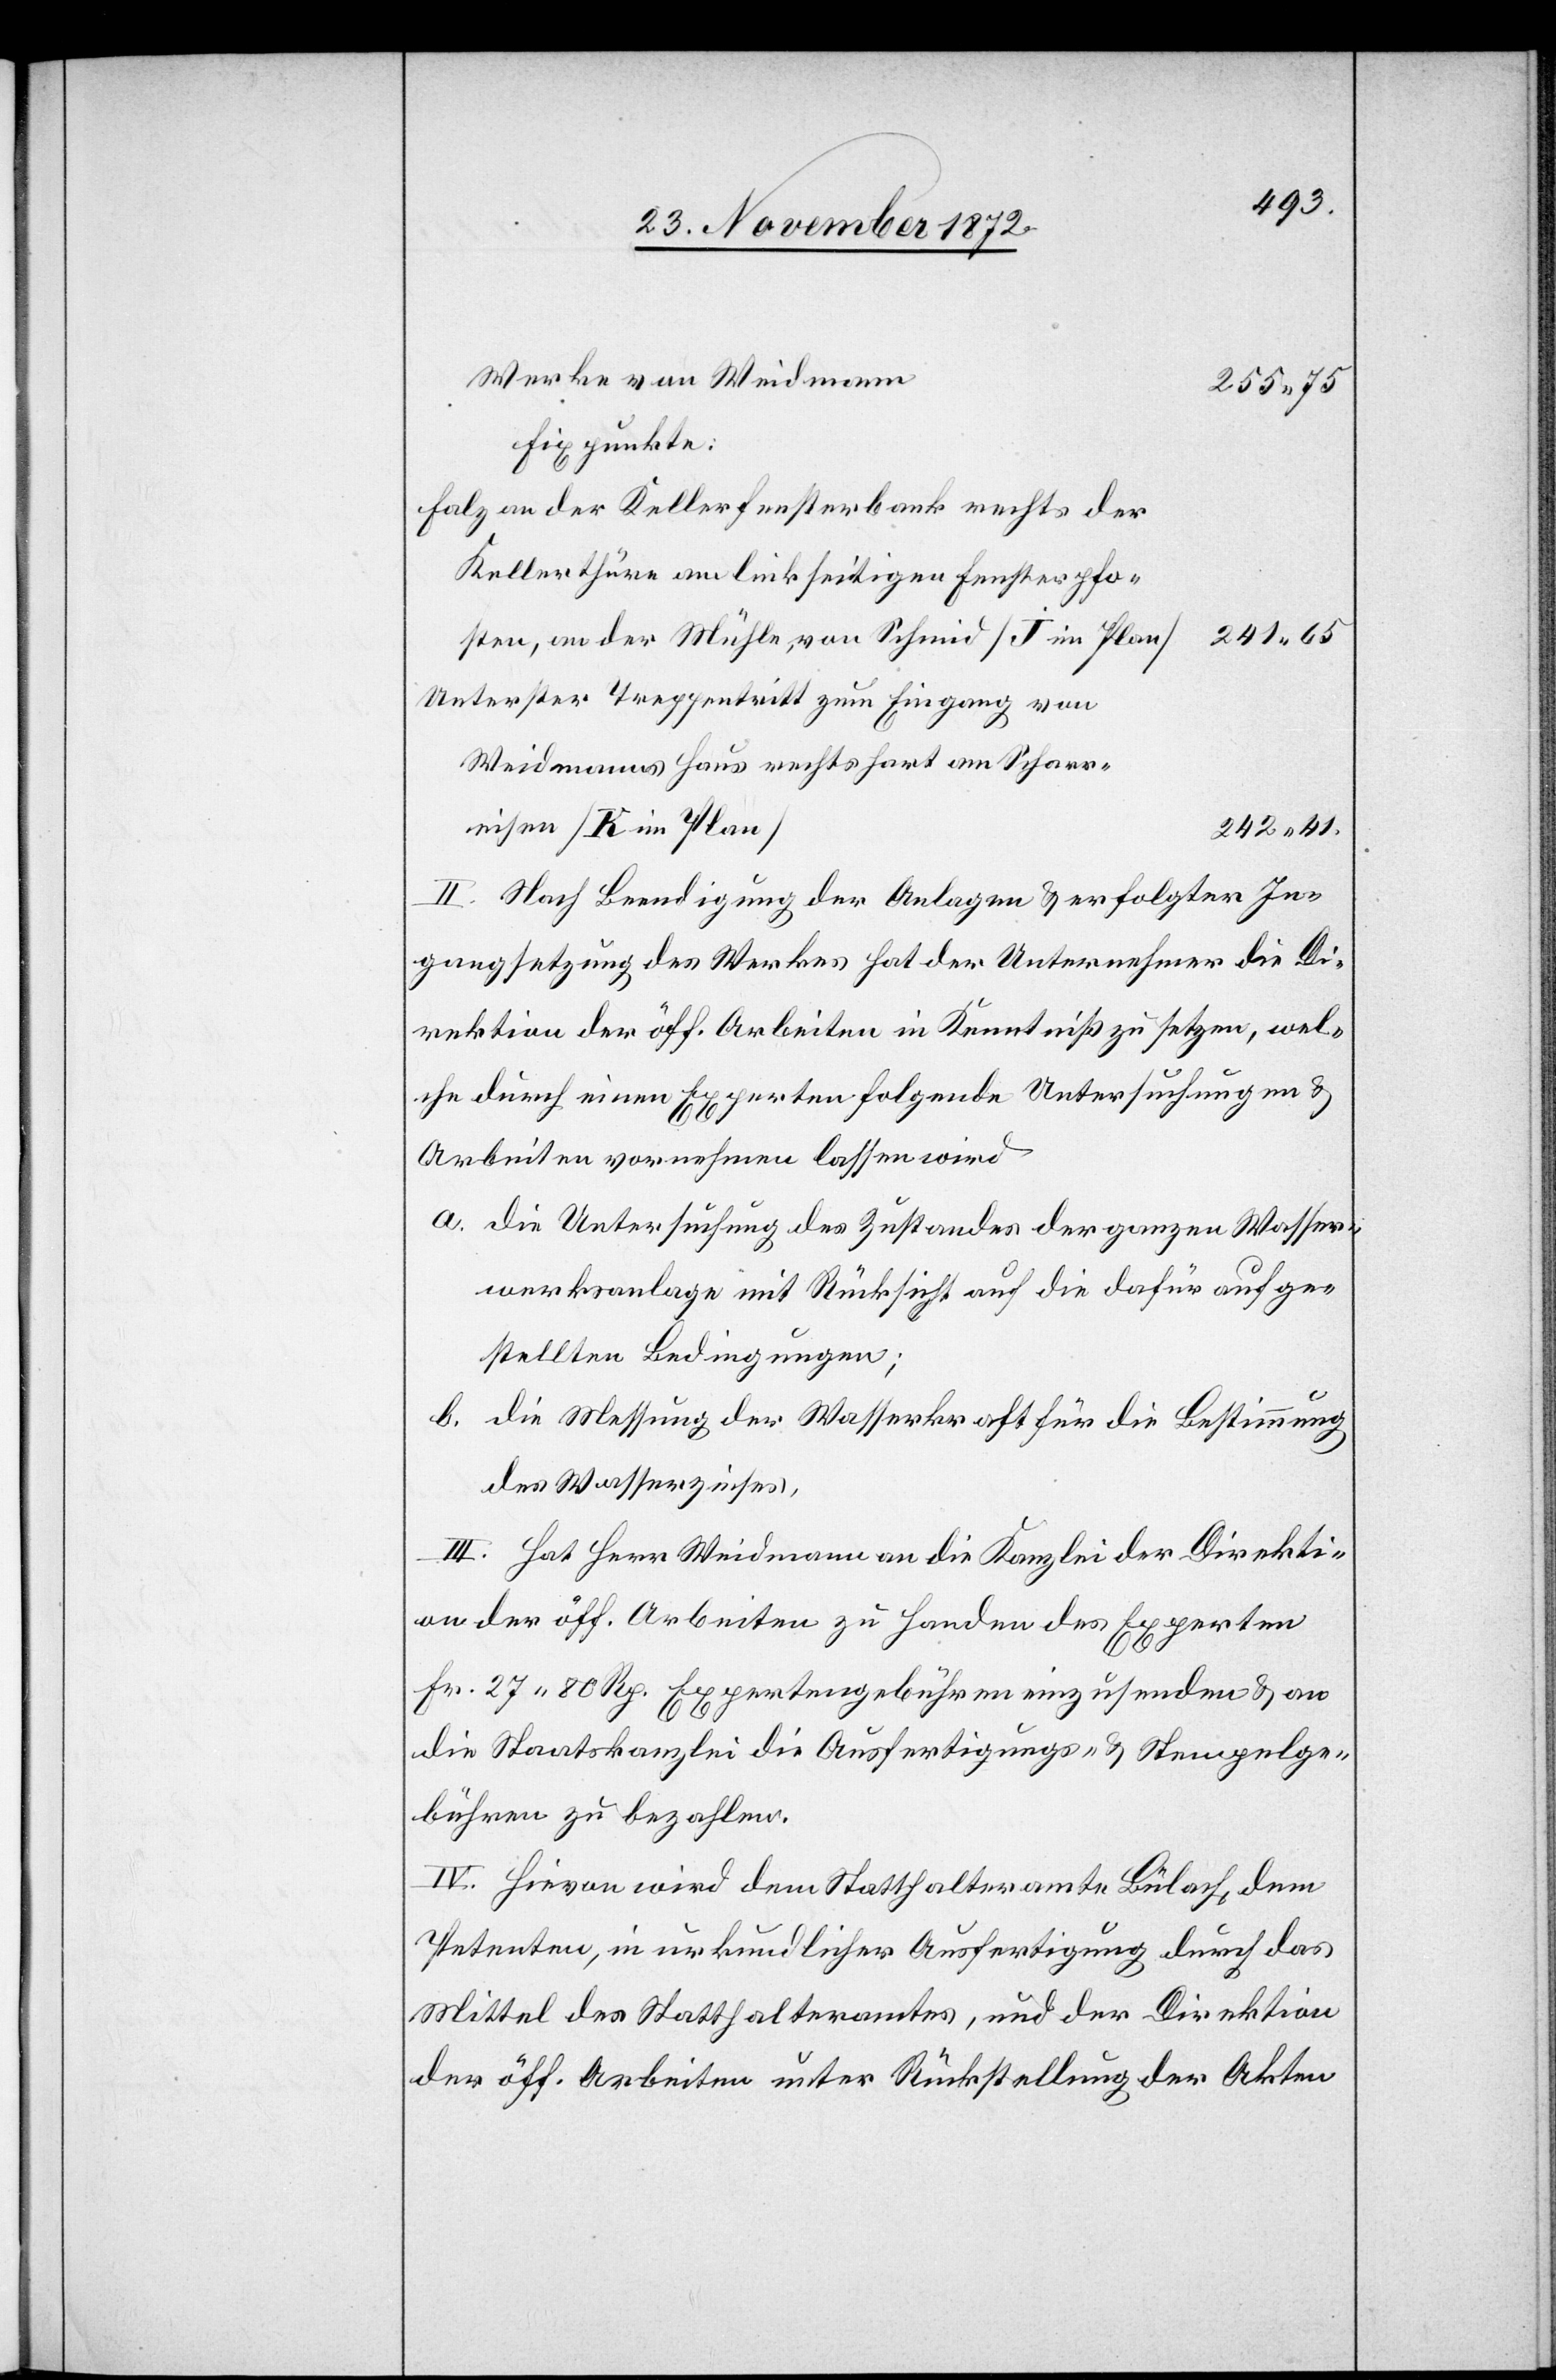
Werke von Weidmann
255 75
Fixpunkte:
Falz an der Kellerfensterbank rechts der
Kellerthüre am linkseitigen Fensterpfo¬
241 65
sten, an der Mühle, vom Schmid [J im Plan]
Unterster Treppentritt zum Eingang von
Weidmanns Haus rechts hart am Scharr¬
eisen [K im Plan]
242 41.
II. Nach Beendigung der Anlagen u. erfolgter In¬
gangsetzung des Werkes hat der Unternehmer die Di¬
rektion der öff. Arbeiten in Kenntniß zu setzen, wel¬
che durch einen Experten folgende Untersuchungen u.
Arbeiten vornehmen lassen wird
a. die Untersuchung des Zustandes der ganzen Wasser¬
werksanlage mit Rücksicht auf die dafür aufge¬
stellten Bedingungen;
b. die Messung der Wasserkraft für die Bestimmung
des Wasserzinses,
III. Hat Herr Weidmann an die Kanzlei der Direkti¬
on der öff. Arbeiten zu Handen des Experten
Fr. 27 80 Rp. Expertengebühren einzusenden u. an
die Staatskanzlei die Ausfertigungs- u. Stempelge¬
bühren zu bezahlen.
IV. Hievon wird dem Statthalteramte Bülach, dem
Petenten, in urkundlicher Ausfertigung durch das
Mittel des Statthalteramtes, und der Direktion
der öff. Arbeiten unter Rückstellung der Akten